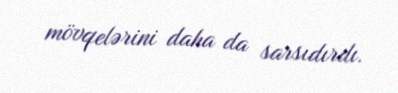
mövqelərini daha da sarsıdırdı.